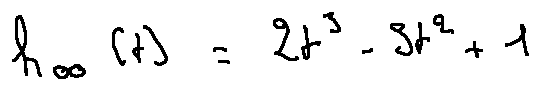
h _ { 0 0 } ( t ) = 2 t ^ { 3 } - 3 t ^ { 2 } + 1